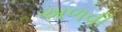
અળવી